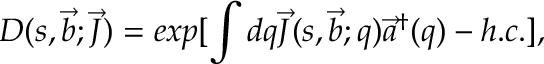
D ( s , \vec { b } ; \vec { J } ) = e x p [ \int d q \vec { J } ( s , \vec { b } ; q ) \vec { a } ^ { \dagger } ( q ) - h . c . ] ,